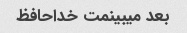
بعد میبینمت خداحافظ